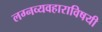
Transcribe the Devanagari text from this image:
लग्नव्यवहाराविषयी